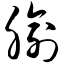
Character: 腧